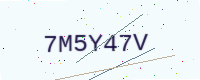
Text: 7M5Y47V